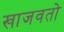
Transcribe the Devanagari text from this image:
खाजवतो